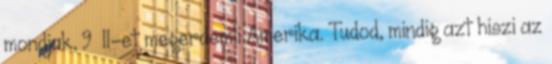
mondjak, 9 11-et megerdemli Amerika. Tudod, mindig azt hiszi az